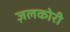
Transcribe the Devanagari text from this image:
ज़लकोरी